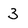
Character: 3